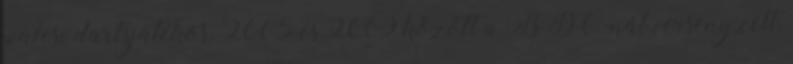
walesi dartsjátékos. 2005 és 2009 között a BDO-nál versenyzett,